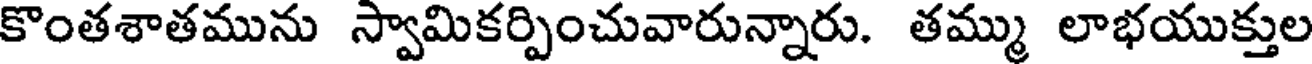
కొంతశాతమును స్వామికర్పించువారున్నారు. తమ్ము లాభయుక్తుల